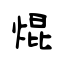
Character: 焜